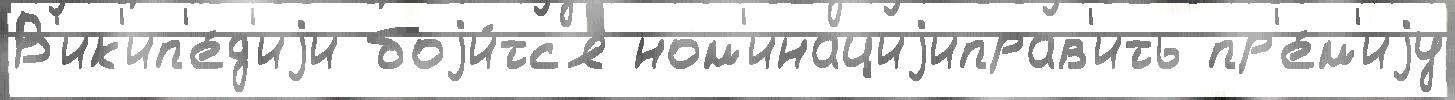
В'ик'ип'е́д'иjи боjи́тс'я ном'инациjиправ'ить пр'е́м'иjу